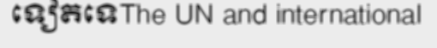
ទៀតទេThe UN and international